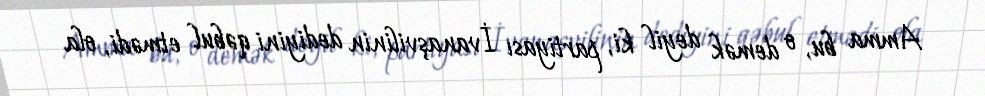
Amma bu, o demək deyil ki, partiyası İvanaşvilinin dediyini qəbul etmədi, ola